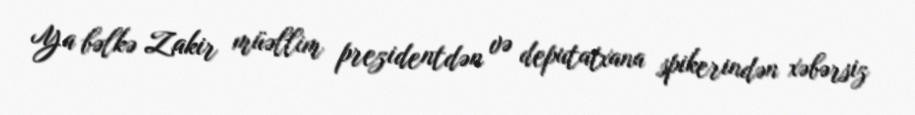
Ya bəlkə Zakir müəllim prezidentdən və deputatxana spikerindən xəbərsiz